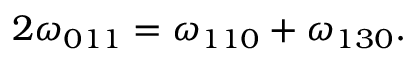
2 \omega _ { 0 1 1 } = \omega _ { 1 1 0 } + \omega _ { 1 3 0 } .